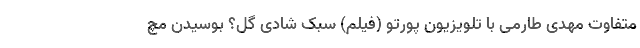
متفاوت مهدی طارمی با تلویزیون پورتو (فیلم) سبک شادی گل؟ بوسیدن مچ